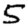
Digit: 5